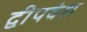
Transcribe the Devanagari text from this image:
द्वीपवंश